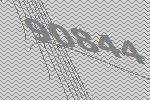
90844